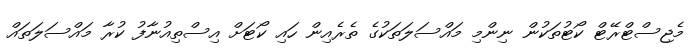
މެޖިސްޓްރޭޓް ކޯޓުތަކުން ނިންމި މައްސަލަތަކުގެ ތެރެއިން ހައި ކޯޓަށް އިސްތިއުނާފު ކުރާ މައްސަލަތައް